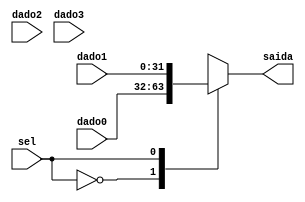
module mux32_4(
	input sel,
	input [31:0] dado0,dado1,dado2,dado3,
	output reg [31:0] saida
	);
	
	always @(*)
		case (sel)
			2'b00: saida = dado0;
			2'b01: saida = dado1;
			2'b10: saida = dado2;
			2'b11: saida = dado3;
			default: saida = 32'b0;
		endcase
			
endmodule